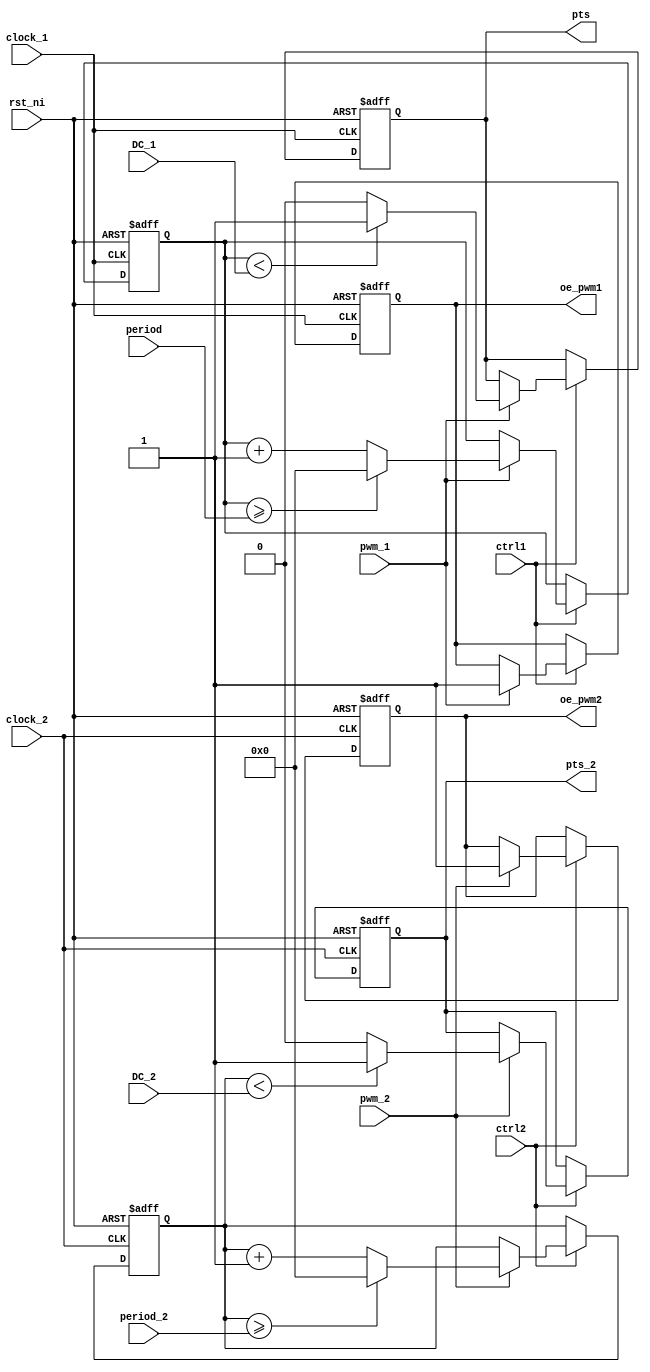

module pwm_channel(

input wire clock_1,
input wire clock_2,
input wire rst_ni,
input wire ctrl1,
input wire ctrl2,
input wire pwm_1,
input wire pwm_2,
input wire [15:0] period,
input wire [15:0] period_2,
input wire [15:0] DC_1,
input wire [15:0] DC_2,
output reg oe_pwm1,
output reg oe_pwm2,
output reg pts,
output reg pts_2
);

reg [15:0] period_counter1;
reg [15:0] period_counter2;
	always @(posedge clock_1 or negedge rst_ni)
		if (!rst_ni) begin
			pts <= 1'b0;
			oe_pwm1 <= 1'b0;
			period_counter1 <= 16'b0000000000000000;
		end
		else if (ctrl1) begin
			if (pwm_1) begin
				oe_pwm1 <= 1'b1;
				if (period_counter1 >= period)
					period_counter1 <= 16'b0000000000000000;
				else
					period_counter1 <= period_counter1 + 16'b0000000000000001;
				if (period_counter1 < DC_1)
					pts <= 1'b1;
				else
					pts <= 1'b0;
			end
		end

	always @(posedge clock_2 or negedge rst_ni)
		if (!rst_ni) begin
			pts_2 <= 1'b0;
			oe_pwm2 <= 1'b0;
			period_counter2 <= 16'b0000000000000000;
		end
		else if (ctrl2) begin
			if (pwm_2) begin
				oe_pwm2 <= 1'b1;
				if (period_counter2 >= period_2)
					period_counter2 <= 16'b0000000000000000;
				else
					period_counter2 <= period_counter2 + 16'b0000000000000001;
				if (period_counter2 < DC_2)
					pts_2 <= 1'b1;
				else
					pts_2 <= 1'b0;
			end
		end

endmodule